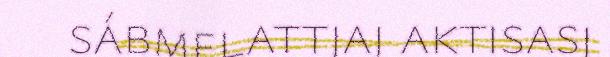
sábmelattjaj aktisasj